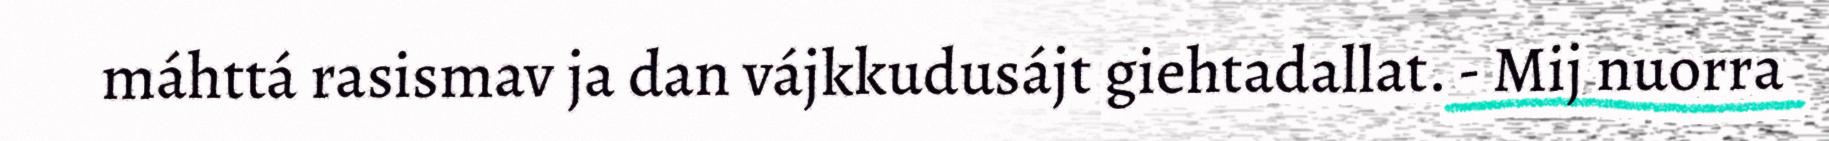
máhttá rasismav ja dan vájkkudusájt giehtadallat. - Mij nuorra